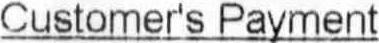
CUSTOMER'S PAYMENT